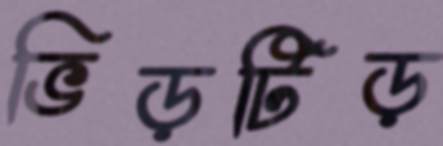
ভিড়টিড়